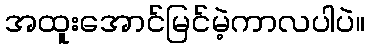
အထူးအောင်မြင်မဲ့ကာလပါပဲ။